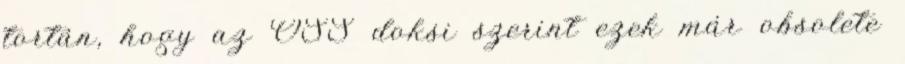
tortán, hogy az OSS doksi szerint ezek már obsolete